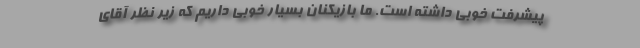
پیشرفت خوبی داشته است. ما بازیکنان بسیار خوبی داریم که زیر نظر آقای